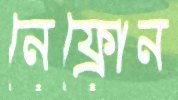
নেফ্রোন